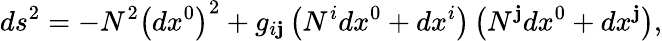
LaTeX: ds_{{}}^{2}=-N^{2}\left(dx^{0}\right)^{2}+g_{i\mathbf{j}}\left(N^{i}dx^{0}+dx^{i}\right)\left(N^{\mathbf{j}}dx^{0}+dx^{\mathbf{j}}\right),